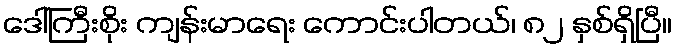
ဒေါ်ကြီးစိုး ကျန်းမာရေး ကောင်းပါတယ်၊ ၈၂ နှစ်ရှိပြီ။